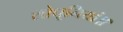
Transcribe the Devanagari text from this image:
शोधूनियां॥